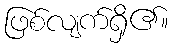
ဖြစ်လျက်ရှိ၏။